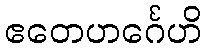
ဧတေဟင်္ဂေဟိ